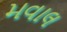
મવાલ